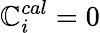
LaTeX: \mathbb{C}_{i}^{cal}=0